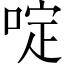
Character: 啶